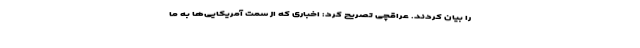
را بیان کردند. عراقچی تصریح کرد: اخباری که از سمت آمریکایی‌ها به ما